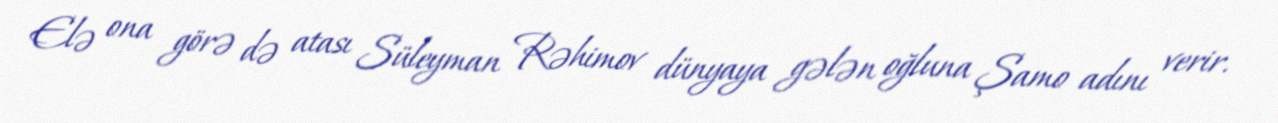
Elə ona görə də atası Süleyman Rəhimov dünyaya gələn oğluna Şamo adını verir.